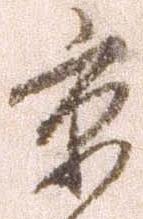
京